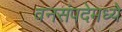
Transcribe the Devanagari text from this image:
वनसंपदेमध्ये